Report of the Municipal Commissioner on the plague in Bombay for the year ending 31st May... - Volume 2
Disease focus: Plague
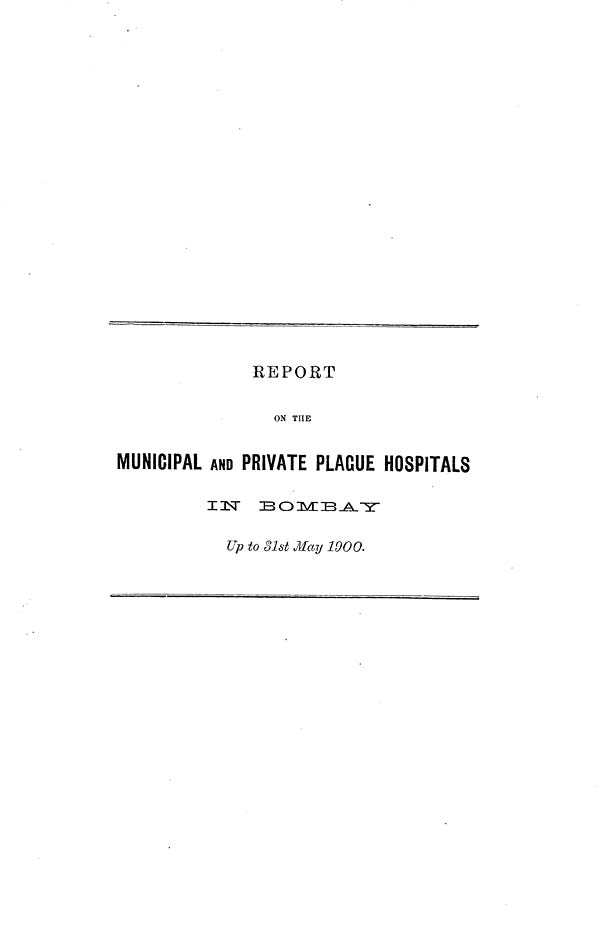
REPORT
ON TUB
MUNICIPAL AND PRIVATE PLAGUE HOSPITALS
IIST BOiM::B_A_-y
Up to 31st May 1900.